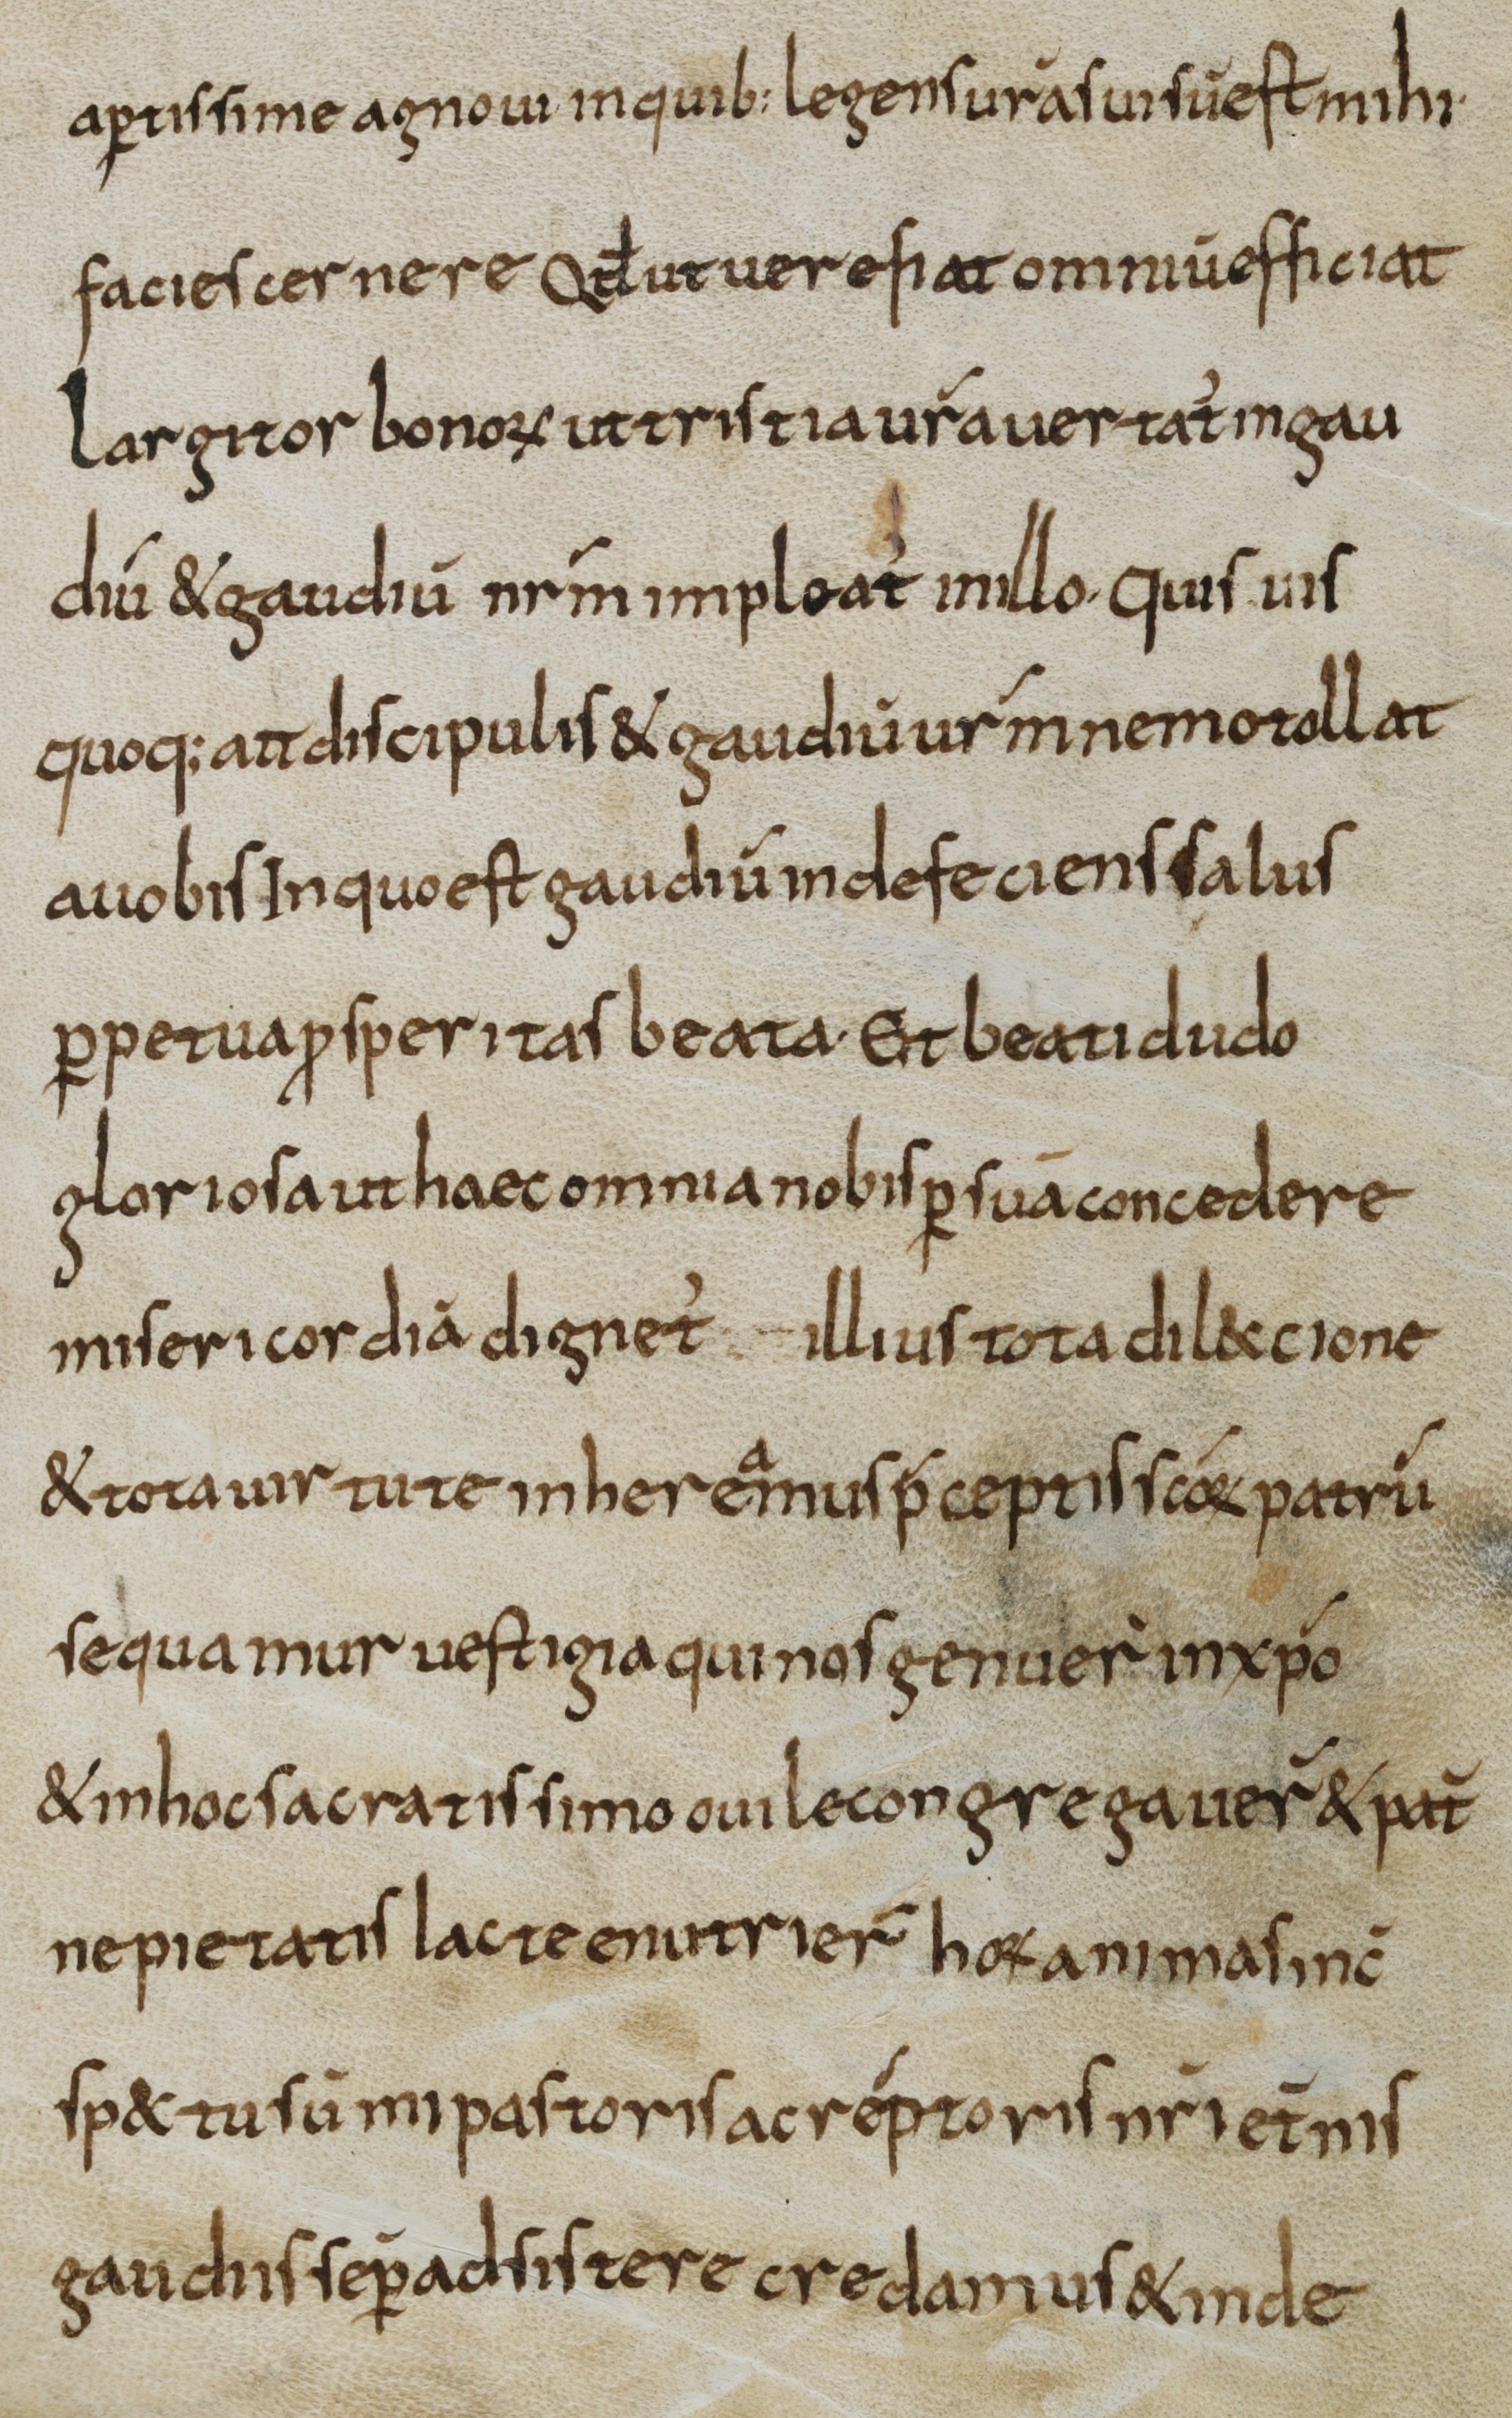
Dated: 800–830